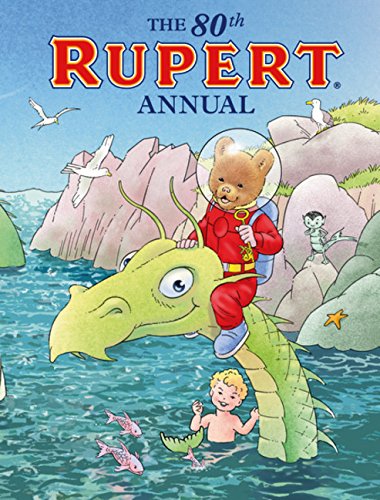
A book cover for The Rupert Annual 2016; Egmont UK Ltd; Children's Books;